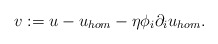
\begin{align*}v:=u-u_{hom}-\eta \phi_i \partial_i u_{hom}.\end{align*}